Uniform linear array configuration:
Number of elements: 64
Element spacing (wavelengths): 1
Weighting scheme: exponential
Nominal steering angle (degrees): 60
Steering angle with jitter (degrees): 59.33
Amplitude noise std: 0.05
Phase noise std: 0.05

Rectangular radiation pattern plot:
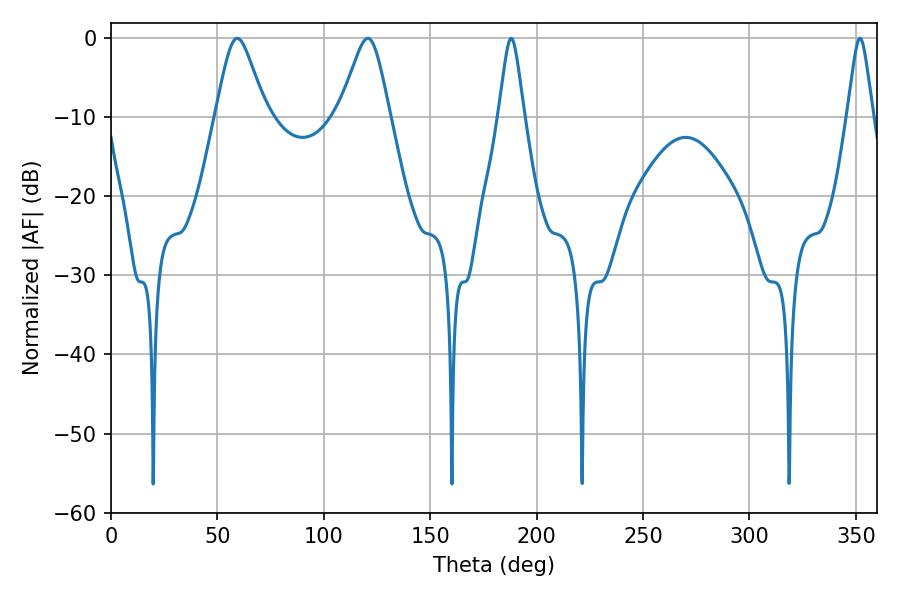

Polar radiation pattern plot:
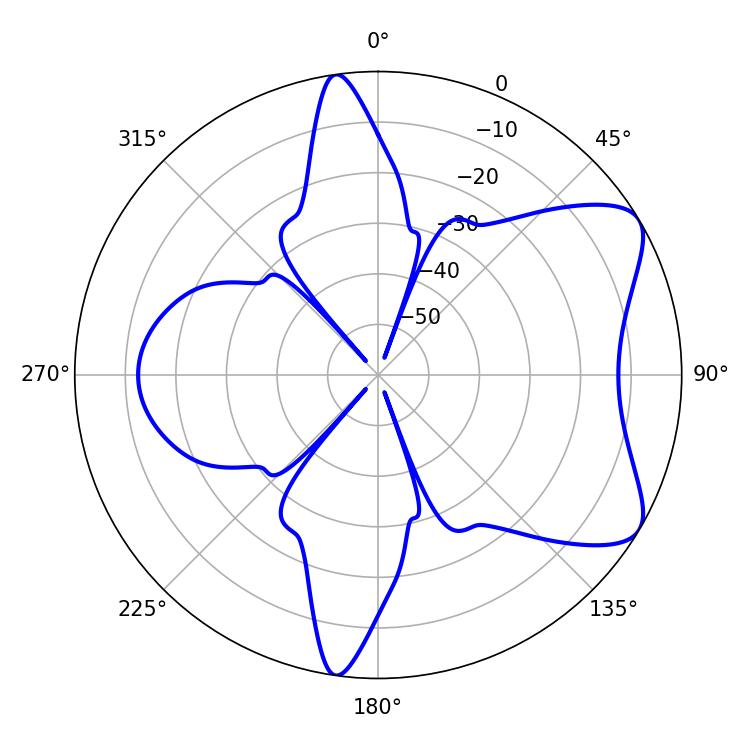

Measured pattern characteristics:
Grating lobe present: TRUE
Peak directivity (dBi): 7.228
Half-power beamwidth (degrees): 11.34
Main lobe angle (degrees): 59.4